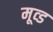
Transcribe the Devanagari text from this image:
मूव्ड